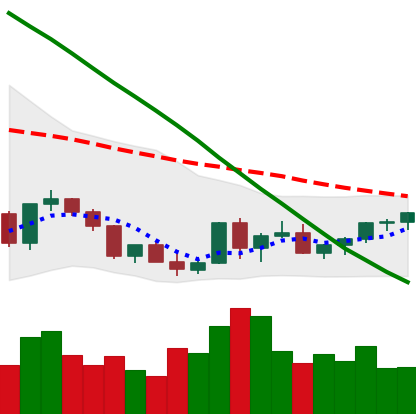
Ticker: XLM-USD
Chart end date: 2022-03-18
Forward return: 8.513%
Label: up_7plus